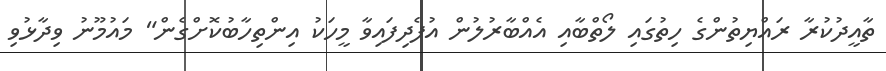
ތާއީދުކުރާ ރައްޔިތުންގެ ހިތުގައި ލޯތްބާއި އެއްބާރުލުން އުފެދިފައިވާ މީހަކު އިންތިހާބުކޮށްގެން" މައުމޫނު ވިދާޅުވި